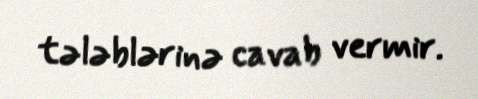
tələblərinə cavab vermir.